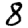
Digit: 8